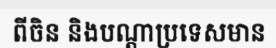
ពីចិន និងបណ្តាប្រទេសមាន